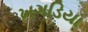
ખગડિયા